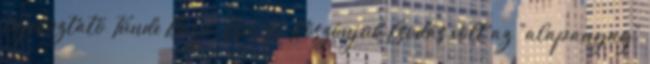
tájékoztató Tünde Bagó: Csu-Li: Köszönjük Csodás volt az "alapanyag"